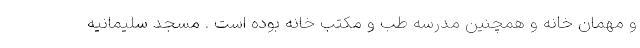
و مهمان خانه و همچنین مدرسه طب و مکتب خانه بوده است . مسجد سلیمانیه